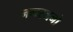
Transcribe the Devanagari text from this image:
नगरजनो